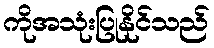
ကိုအသုံးပြုနိုင်သည်